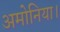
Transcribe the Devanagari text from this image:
अमोनिया।